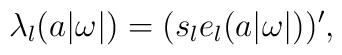
\lambda_{l}(a|\omega|)=(s_{l}e_{l}(a |\omega|))',